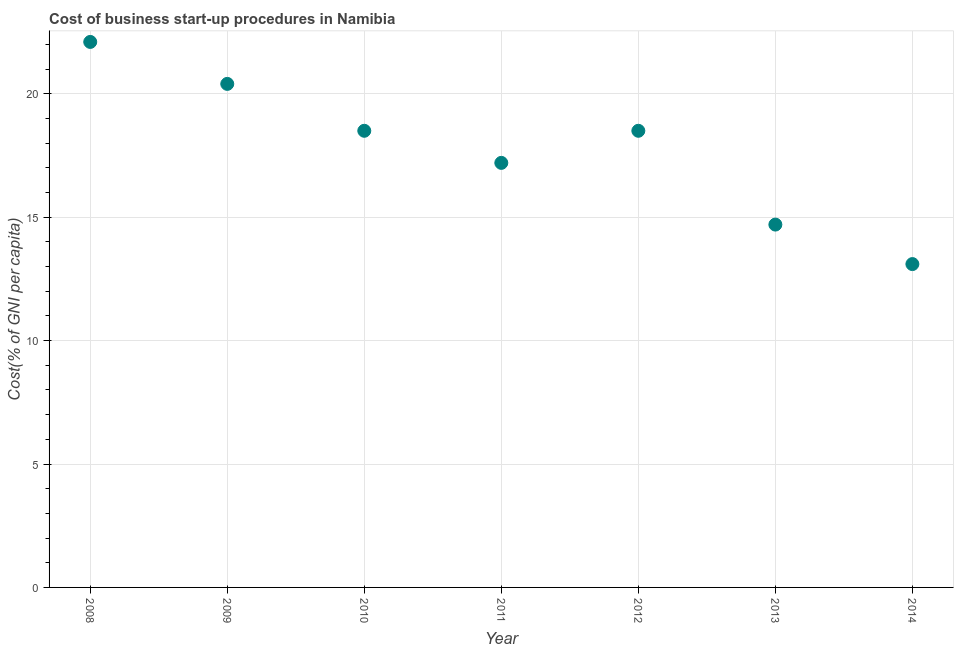
| Year | Cost |
 | --- | --- |
 | 2008 | 22.1 |
 | 2009 | 20.4 |
 | 2010 | 18.5 |
 | 2011 | 17.2 |
 | 2012 | 18.5 |
 | 2013 | 14.7 |
 | 2014 | 13.1 |